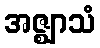
အဇ္ဈာသံ